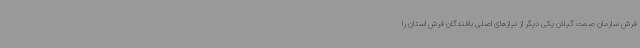
فرش سازمان صمت گیلان یکی دیگر از نیازهای اصلی بافندگان فرش استان را